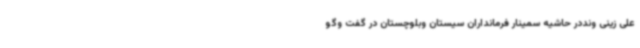
علی زینی ونددر حاشیه سمینار فرمانداران سیستان وبلوچستان در گفت وگو